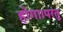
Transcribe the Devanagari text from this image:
होगा।परंतु